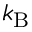
k _ { \mathrm { B } }